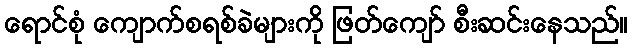
ရောင်စုံ ကျောက်စရစ်ခဲများကို ဖြတ်ကျော် စီးဆင်းနေသည်။